Scottish Leaving Certificate Examination, 1951
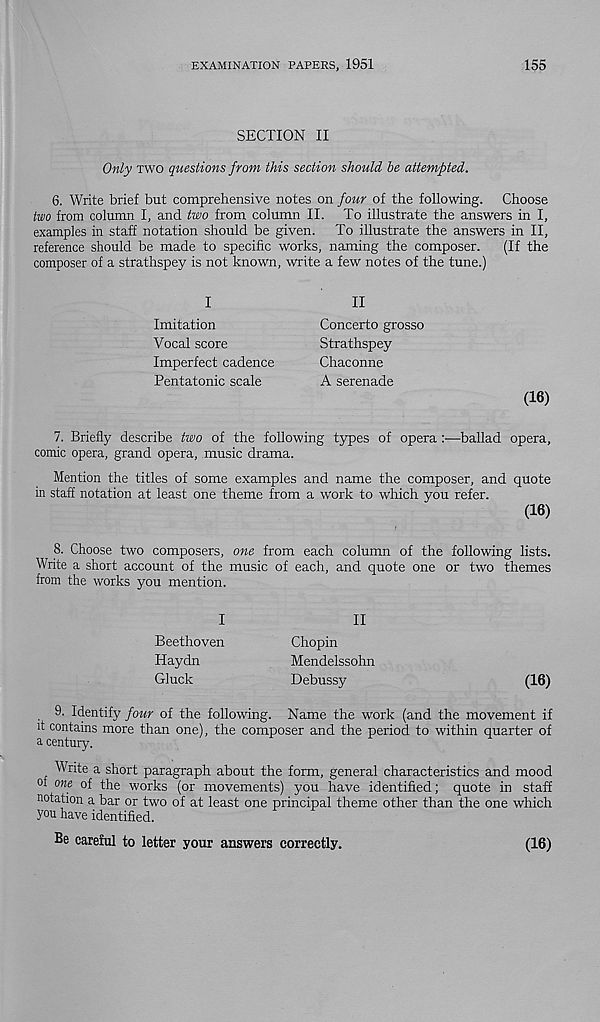
EXAMINATION PAPERS, 1951
155
SECTION II
Only two questions from this section should be attempted.
6. Write brief but comprehensive notes on four of the following. Choose
two from column I, and two from column II. To illustrate the answers in I,
examples in staff notation should be given. To illustrate the answers in II,
reference should be made to specific works, naming the composer. (If the
composer of a strathspey is not known, write a few notes of the tune.)
I
Imitation
Vocal score
Imperfect cadence
Pentatonic scale
II
Concerto grosso
Strathspey
Chaconne
A serenade
(16)
7. Briefly describe two of the following types of opera :•—ballad opera,
comic opera, grand opera, music drama.
Mention the titles of some examples and name the composer, and quote
in staff notation at least one theme from a work to which you refer.
(16)
8. Choose two composers, one from each column of the following lists.
Write a short account of the music of each, and quote one or two themes
from the works you mention.
I
Beethoven
Haydn
Gluck
II
Chopin
Mendelssohn
Debussy
(16)
9. Identify four of the following. Name the work (and the movement if
it contains more than one), the composer and the period to within quarter of
a century.
Write a short paragraph about the form, general characteristics and mood
of one of the works (or movements) you have identified; quote in staff
notation a bar or two of at least one principal theme other than the one which
you have identified.
Be careful to letter your answers correctly.
(16)